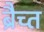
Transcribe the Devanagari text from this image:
ब्रैच्त